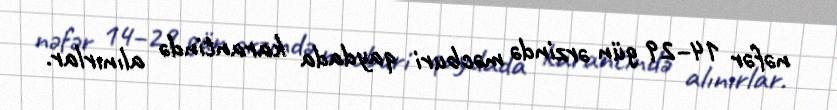
nəfər 14–29 gün ərzində məcburi qaydada karantində alınırlar.